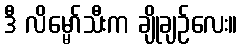
ဒီ လိမ္မော်သီးက ချိုချဉ်လေး။